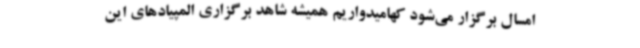
امسال برگزار می‌شود کهامیدواریم همیشه شاهد برگزاری المپیادهای این